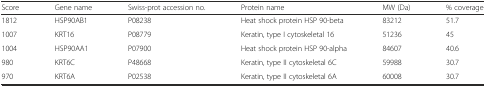
<table><thead><tr><td><b>Score</b></td><td><b>Gene name</b></td><td><b>Swiss-prot accession no.</b></td><td><b>Protein name</b></td><td><b>MW (Da)</b></td><td><b>% coverage</b></td></tr></thead><tbody><tr><td>1812</td><td>HSP90AB1</td><td>P08238</td><td>Heat shock protein HSP 90-beta</td><td>83212</td><td>51.7</td></tr><tr><td>1007</td><td>KRT16</td><td>P08779</td><td>Keratin, type I cytoskeletal 16</td><td>51236</td><td>45</td></tr><tr><td>1004</td><td>HSP90AA1</td><td>P07900</td><td>Heat shock protein HSP 90-alpha</td><td>84607</td><td>40.6</td></tr><tr><td>980</td><td>KRT6C</td><td>P48668</td><td>Keratin, type II cytoskeletal 6C</td><td>59988</td><td>30.7</td></tr><tr><td>970</td><td>KRT6A</td><td>P02538</td><td>Keratin, type II cytoskeletal 6A</td><td>60008</td><td>30.7</td></tr></tbody></table>